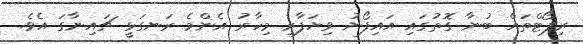
ރިޕޯޓްތައް ބުނާ ގޮތުގައި އައިފޯނު ވިޔަފާރި މިހާރު އެންމެ ރަނގަޅީ ޗައިނާގަ އެވެ.